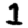
Digit: 1